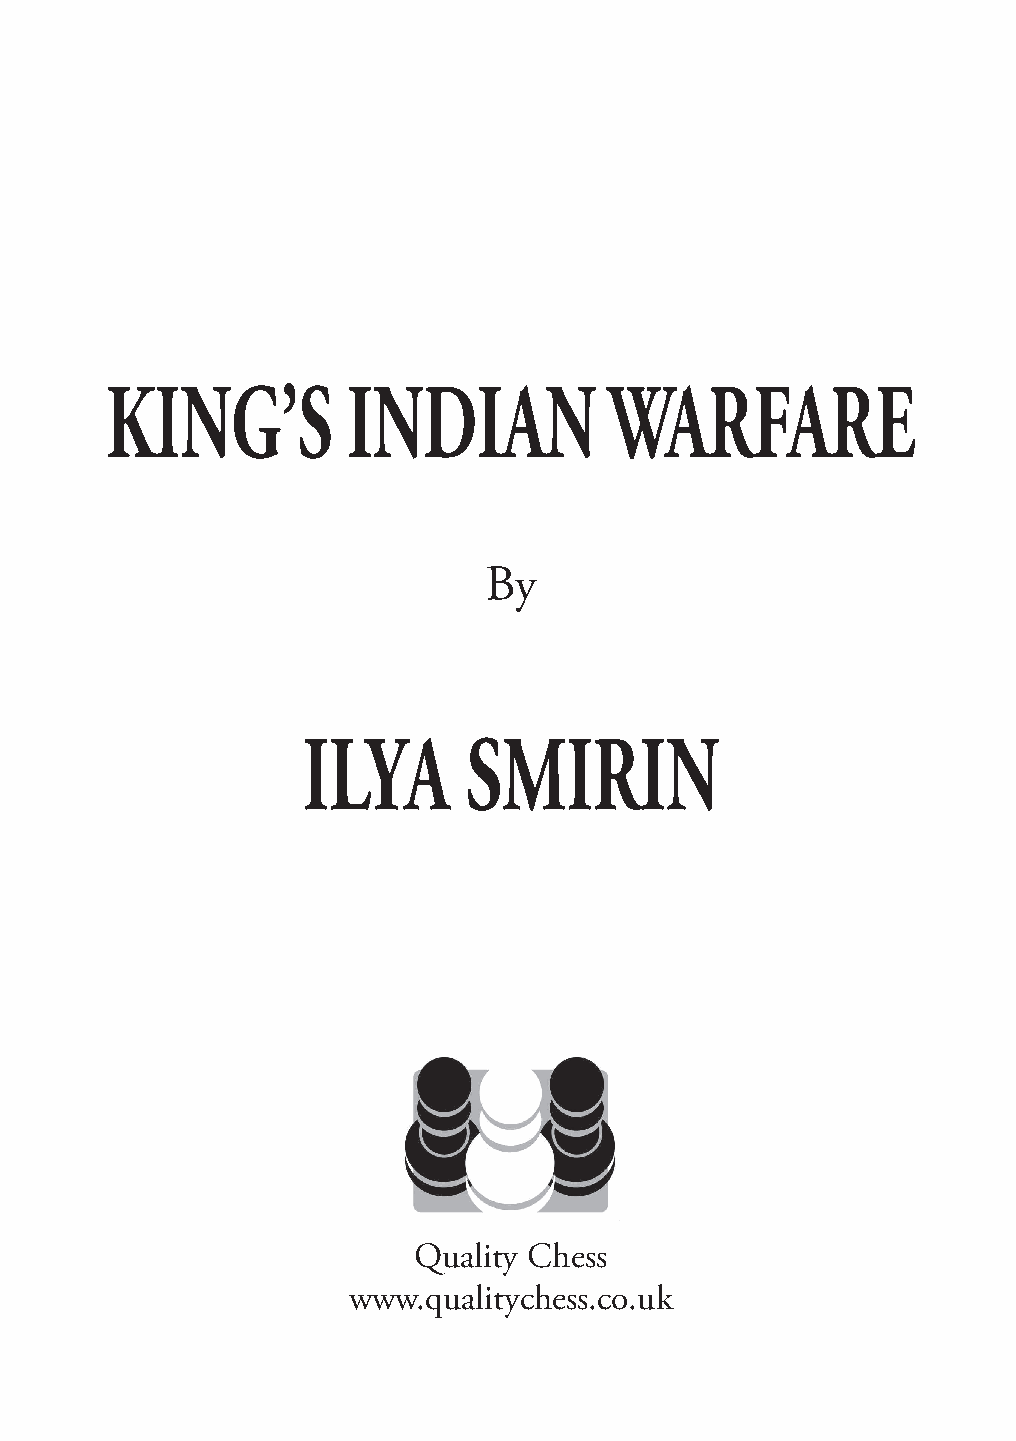
KING’S          INDIAN           WARFARE
 By
 ILYA       SMIRIN
 Quality Chess
 www.qualitychess.co.uk